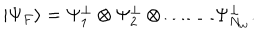
LaTeX: \left| \Psi _ { F } \right\rangle = \Psi _ { 1 } ^ { \perp } \otimes \Psi _ { 2 } ^ { \perp } \otimes \ldots \ldots \Psi _ { N _ { w } } ^ { \perp } .